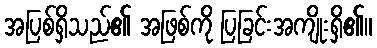
အပြစ်ရှိသည်၏ အဖြစ်ကို ပြခြင်းအကျိုးရှိ၏။